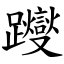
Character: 躞